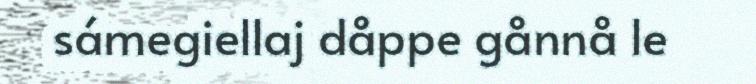
sámegiellaj dåppe gånnå le